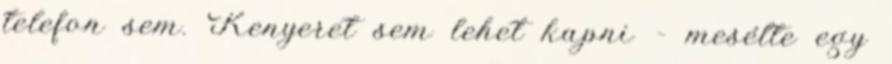
telefon sem. Kenyeret sem lehet kapni – mesélte egy